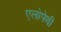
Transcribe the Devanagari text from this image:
एलोपेथी